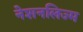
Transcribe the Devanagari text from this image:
नेशनलिज्म